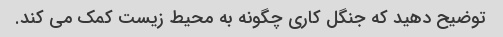
توضیح دهید که جنگل کاری چگونه به محیط زیست کمک می کند.